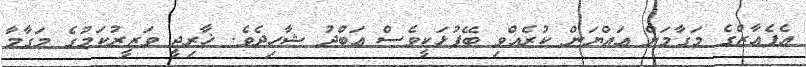
އެފެއާޒްގެ މަގާމަށް ޢައްޔަން ކުރެއްވި ބޭފުޅަކީވެސް ޢަބްދު ޝާހިދެވެ. ޚާރިޖީ ވަޒީރުކަމުގެ މަގާމާ